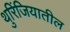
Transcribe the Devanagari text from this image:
थुरिंजियातील